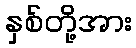
နှစ်တို့အား